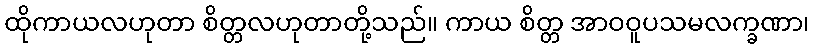
ထိုကာယလဟုတာ စိတ္တလဟုတာတို့သည်။ ကာယ စိတ္တ အာဝဝူပသမလက္ခဏာ၊